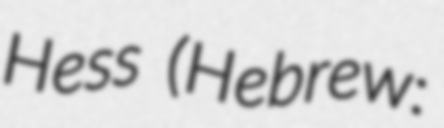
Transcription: Hess (Hebrew: